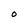
Character: O